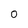
Character: 0